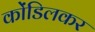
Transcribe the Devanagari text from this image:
कोंडिलकर